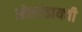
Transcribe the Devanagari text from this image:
ओलांडायची